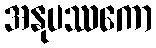
အနုပဿကော